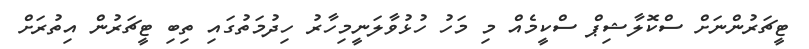
ޓީޗަރުންނަށް ސްކޮލާޝިޕް ސްކީމެއް މި މަހު ހުޅުވާލަނީމިހާރު ހިދުމަތުގައި ތިބި ޓީޗަރުން އިތުރަށް